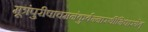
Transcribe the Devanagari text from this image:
मूत्रंपुरीषाचमनंकुर्वन्नास्थीनिधारयेत्